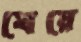
ঘেয়ে